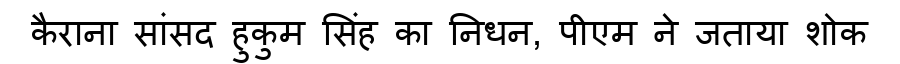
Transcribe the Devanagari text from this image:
कैराना सांसद हुकुम सिंह का निधन, पीएम ने जताया शोक